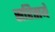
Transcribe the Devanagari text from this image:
सरितायें